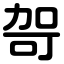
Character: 哿